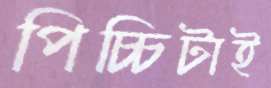
পিচ্চিটাই